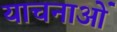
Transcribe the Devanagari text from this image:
याचनाओं